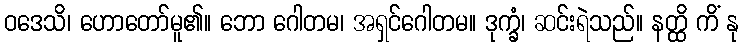
ဝဒေသိ၊ ဟောတော်မူ၏။ ဘော ဂေါတမ၊ အရှင်ဂေါတမ။ ဒုက္ခံ၊ ဆင်းရဲသည်။ နတ္ထိ ကိံ နု